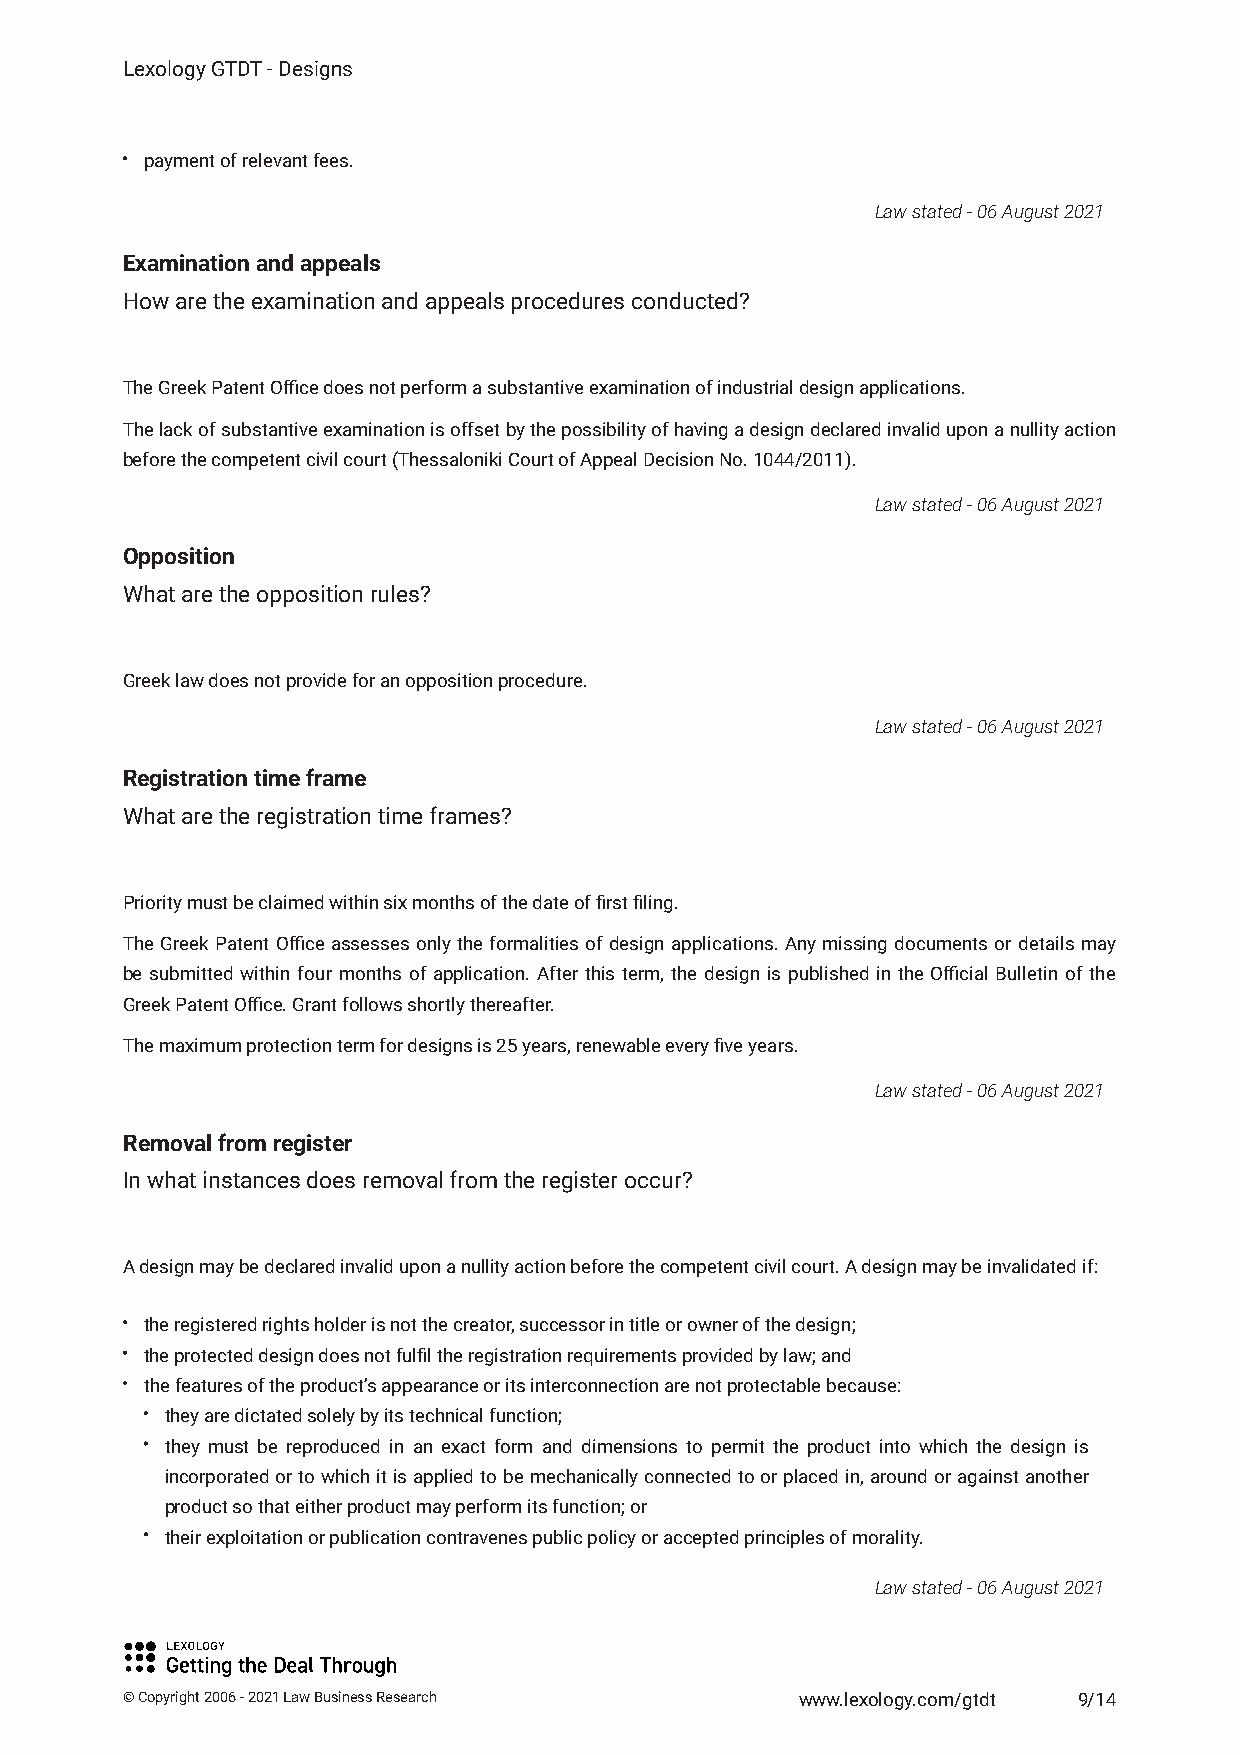
Lexology GTDT - Designs
 payment of relevant fees.
 Law stated - 06 August 2021
 Examination and appeals
 How are the examination and appeals procedures conducted?
 The Greek Patent Office does not perform a substantive examination of industrial design applications.
 Thelackofsubstantiveexaminationisoffsetbythepossibilityofhavingadesigndeclaredinvaliduponanullityaction
 before the competent civil court (Thessaloniki Court of Appeal Decision No. 1044/2011).
 Law stated - 06 August 2021
 Opposition
 What are the opposition rules?
 Greek law does not provide for an opposition procedure.
 Law stated - 06 August 2021
 Registration time frame
 What are the registration time frames?
 Priority must be claimed within six months of the date of first filing.
 The Greek Patent Office assesses only the formalities of design applications. Any missing documents or details may
 be submitted within four months of application. After this term, the design is published in the Official Bulletin of the
 Greek Patent Office. Grant follows shortly thereafter.
 The maximum protection term for designs is 25 years, renewable every five years.
 Law stated - 06 August 2021
 Removal from register
 In what instances does removal from the register occur?
 A design may be declared invalid upon a nullity action before the competent civil court. A design may be invalidated if:
 the registered rights holder is not the creator, successor in title or owner of the design;
 the protected design does not fulfil the registration requirements provided by law; and
 the features of the product’s appearance or its interconnection are not protectable because:
 they are dictated solely by its technical function;
 they must be reproduced in an exact form and dimensions to permit the product into which the design is
 incorporatedortowhichitisappliedtobemechanicallyconnectedtoorplacedin,aroundoragainstanother
 product so that either product may perform its function; or
 their exploitation or publication contravenes public policy or accepted principles of morality.
 Law stated - 06 August 2021
 © Copyright 2006 - 2021 Law Business Research www.lexology.com/gtdt 9/14